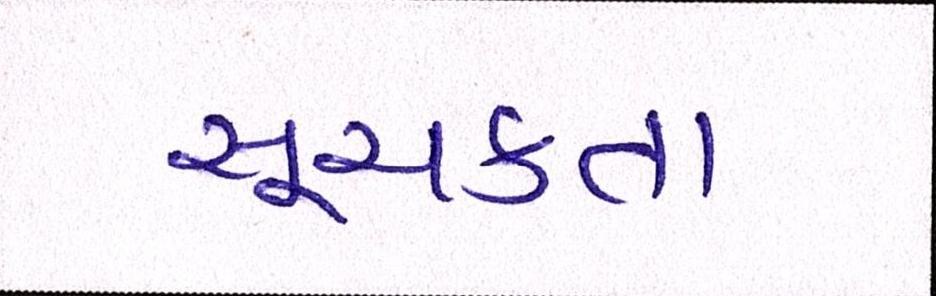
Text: સૂચકતા